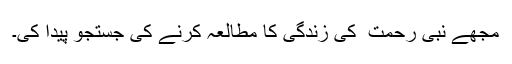
مجھے نبی رحمت ۖ کی زندگی کا مطالعہ کرنے کی جستجو پیدا کی۔